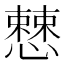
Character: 𢣱